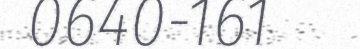
0640-161